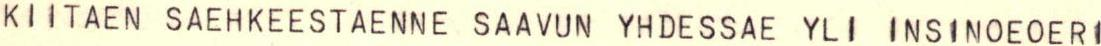
KIITAEN SAEHKEESTAENNE SAAVUN YHDESSAE YLI INSINOEOERI